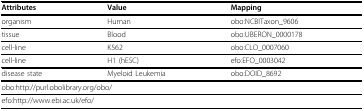
<table><thead><tr><td><b>Attributes</b></td><td><b>Value</b></td><td><b>Mapping</b></td></tr></thead><tbody><tr><td>organism</td><td>Human</td><td>obo:NCBITaxon_9606</td></tr><tr><td>tissue</td><td>Blood</td><td>obo:UBERON_0000178</td></tr><tr><td>cell-line</td><td>K562</td><td>obo:CLO_0007060</td></tr><tr><td>cell-line</td><td>H1 (hESC)</td><td>efo:EFO_0003042</td></tr><tr><td>disease state</td><td>Myeloid Leukemia</td><td>obo:DOID_8692</td></tr><tr><td colspan="3">obo:http://purl.obolibrary.org/obo/</td></tr><tr><td colspan="2">efo:http://www.ebi.ac.uk/efo/</td><td></td></tr></tbody></table>